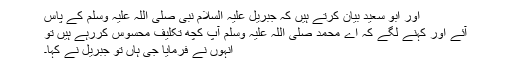
اور ابو سعید بیان کرتے ہیں کہ جبریل علیہ السلام نبی صلی اللہ علیہ وسلم کے پاس
آئے اور کہنے لگے کہ اے محمد صلی اللہ علیہ وسلم آپ کچھ تکلیف محسوس کررہے ہیں تو
انہوں نے فرمایا جی ہاں تو جبریل نے کہا۔